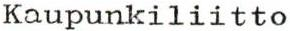
Kaupunkiliitto